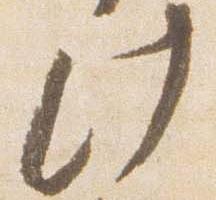
此